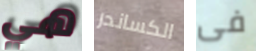
هي الكساندر فى